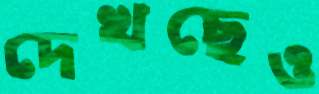
দেখছেও